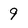
Character: 9